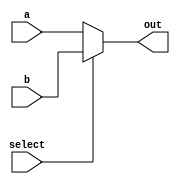
module mux1b (
	input a ,
	input b ,
	input select ,
	output reg out
	);
	assign out = (select) ? b : a ;
endmodule